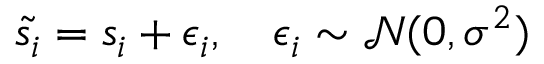
\begin{array} { r } { \tilde { s _ { i } } = s _ { i } + \epsilon _ { i } , \quad \epsilon _ { i } \sim \mathcal { N } ( 0 , \sigma ^ { 2 } ) } \end{array}